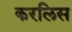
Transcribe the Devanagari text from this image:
करलिस